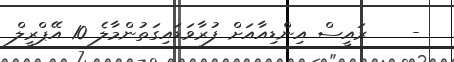
-    ރައީސް އިންޑިއާއަށް ފުރާވަޑައިގަތުންމާލެ 10 އޭޕްރީލް